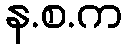
န.စ.က